Annual report on the mental hospital in the Central Provinces and Berar (Nagpur) - 1927-1951
Year: 1927
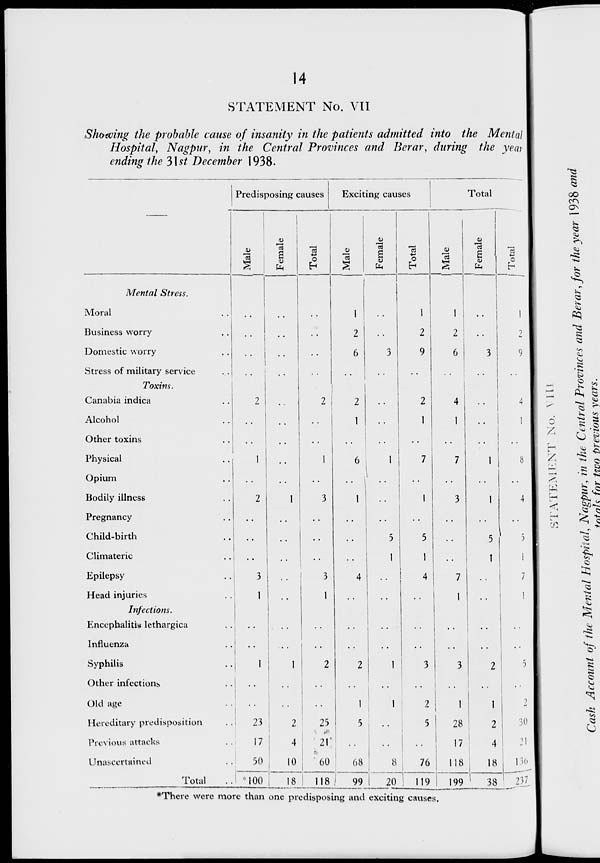
14
STATEMENT No. VII
Showing the probable cause of insanity in the patients admitted into the Mental
Hospital, Nagpur, in the Central Provinces and Berar, during the year
ending the 31st December 1938.
Mental Stress.
Moral
..
Business worry ..
Domestic worry
..
Stress of military service ..
Toxins.
Canabia indica ..
Alcohol ..
Other toxins ..
Physical ..
Opium ..
Bodily illness ..
Pregnancy ..
Child-birth ..
Climateric ..
Epilepsy ..
Head injuries ..
Infections.
Encephaliten lethargica ..
Influenza ..
Syphilis ..
Other infections ..
Old age ..
Hereditary predisposition ..
Previous attacks ..
Unascertained ..
Total ..
Predisposing causes
Male
..
..
..
..
2
..
..
1
..
2
..
..
..
3
1
..
..
1
..
..
23
17
50
100
Female
..
..
..
..
..
..
..
..
..
1
..
..
..
..
..
..
..
1
..
..
2
4
10
18
Total
..
..
..
..
2
..
..
1
..
3
..
..
..
3
1
..
..
2
..
..
25
21
60
118
Exciting causes
Male
1
2
6
..
2
1
..
6
..
1
..
..
..
4
..
..
..
2
..
1
5
..
68
99
Female
..
..
3
..
..
..
..
1
..
..
..
5
1
..
..
..
..
1
..
1
..
..
8
20
Total
1
2
9
..
2
1
..
7
..
1
..
5
1
4
..
..
3
..
2
5
..
76
119
Total
Male
1
2
6
..
4
1
..
7
..
3
..
..
..
7
1
..
3
..
1
28
17
118
199
Female
..
..
3
..
..
..
..
1
..
1
..
5
1
..
..
..
..
2
..
1
2
4
18
38
Total
1
2
9
..
4
1
..
8
4
..
5
1
7
1
..
..
5
..
2
30
21
136
237
*There were more than one predisposing and exciting causes.